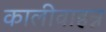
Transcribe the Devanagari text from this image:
कालीवाहन्न